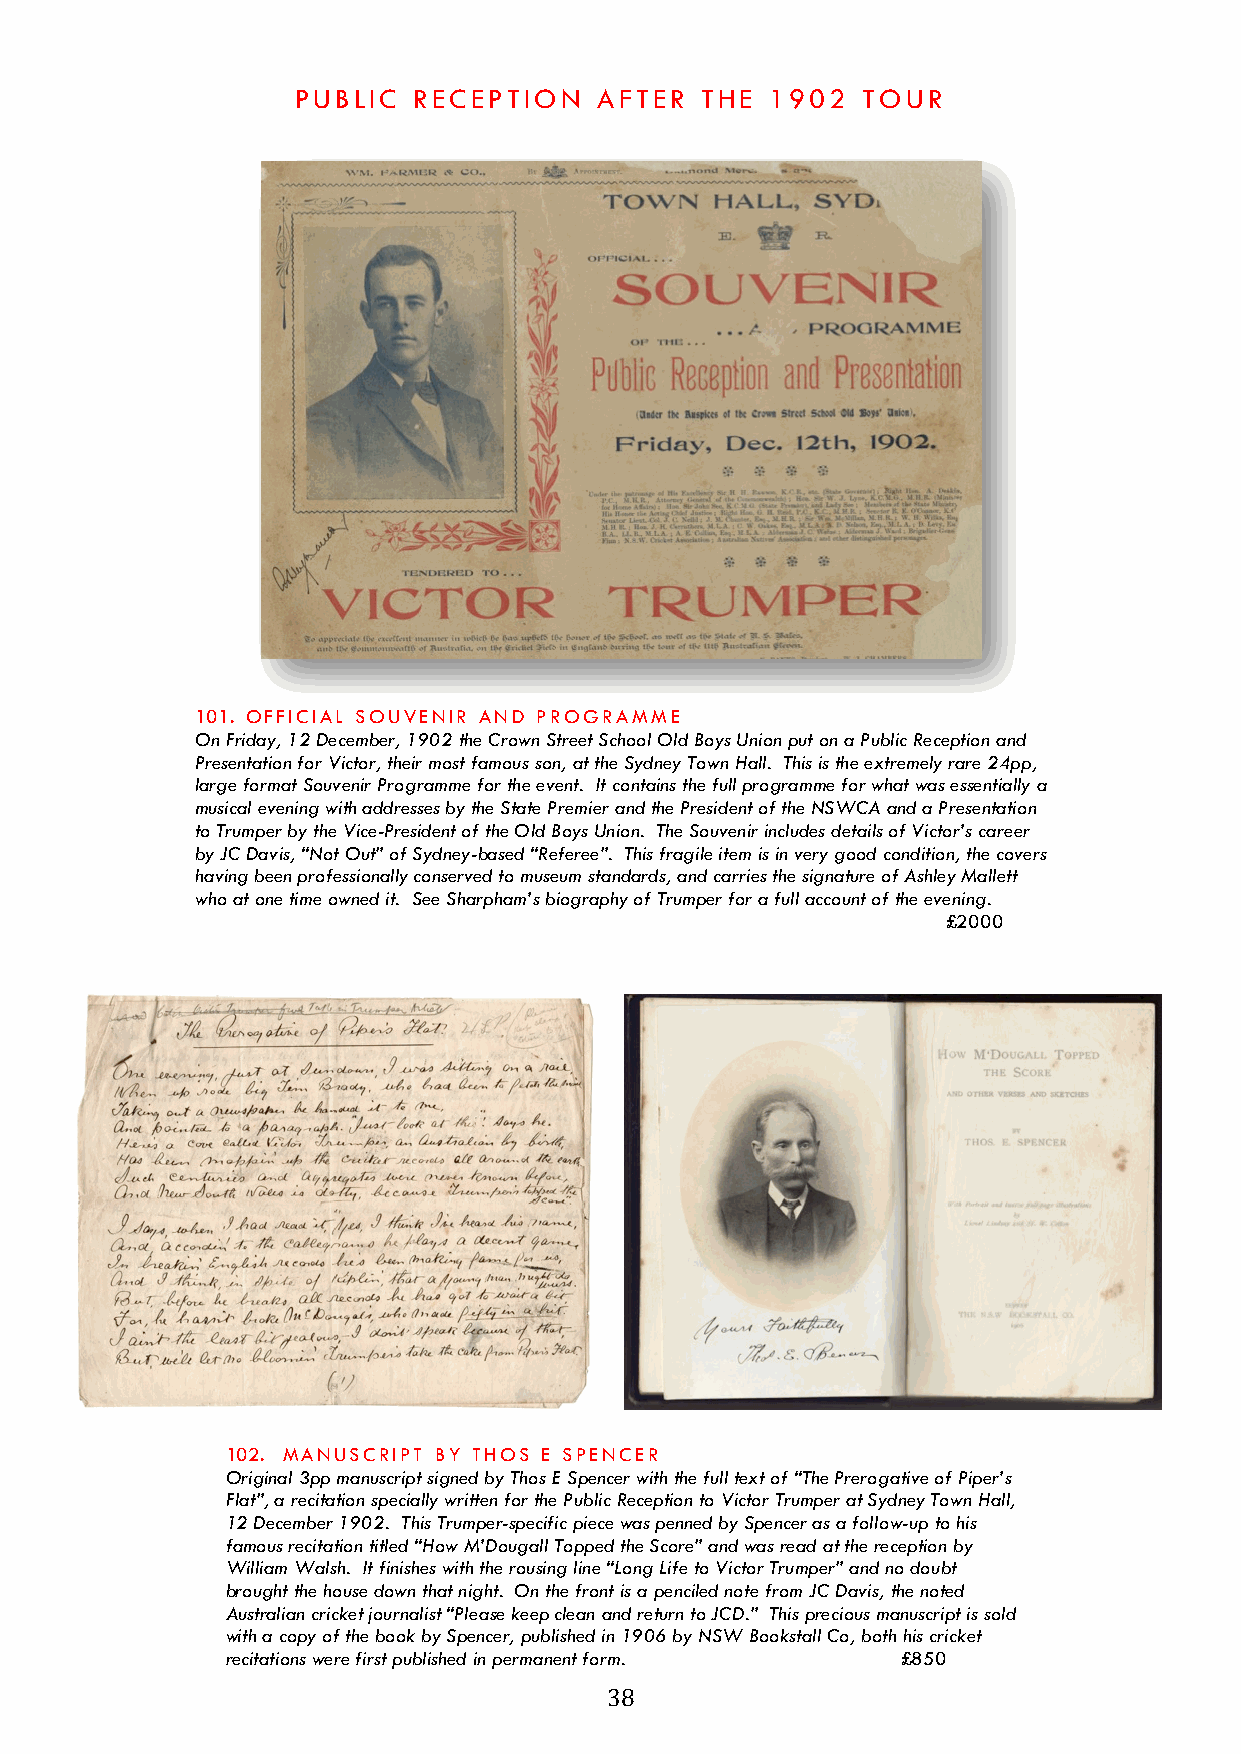
PUBLIC RECEPTION    AFTER THE  1902  TOUR
 101. OFFICIAL SOUVENIR AND PROGRAMME
 On Friday, 12 December, 1902 the Crown Street School Old Boys Union put on a Public Reception and
 Presentation for Victor, their most famous son, at the Sydney Town Hall. This is the extremely rare 24pp,
 large format Souvenir Programme for the event. It contains the full programme for what was essentially a
 musical evening with addresses by the State Premier and the President of the NSWCA and a Presentation
 to Trumper by the Vice-President of the Old Boys Union. The Souvenir includes details of Victor’s career
 by JC Davis, “Not Out” of Sydney-based “Referee”. This fragile item is in very good condition, the covers
 having been professionally conserved to museum standards, and carries the signature of Ashley Mallett
 who at one time owned it. See Sharpham’s biography of Trumper for a full account of the evening.
 £2000
 102. MANUSCRIPT BY THOS E SPENCER
 Original 3pp manuscript signed by Thos E Spencer with the full text of “The Prerogative of Piper’s
 Flat”, a recitation specially written for the Public Reception to Victor Trumper at Sydney Town Hall,
 12 December 1902. This Trumper-specific piece was penned by Spencer as a follow-up to his
 famous recitation titled “How M’Dougall Topped the Score” and was read at the reception by
 William Walsh. It finishes with the rousing line “Long Life to Victor Trumper” and no doubt
 brought the house down that night. On the front is a penciled note from JC Davis, the noted
 Australian cricket journalist “Please keep clean and return to JCD.” This precious manuscript is sold
 with a copy of the book by Spencer, published in 1906 by NSW Bookstall Co, both his cricket
 recitations were first published in permanent form. £850
 38